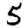
Digit: 5